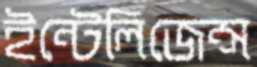
ইন্টেলিজেন্স